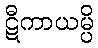
ဋီကာယမ္ပိ